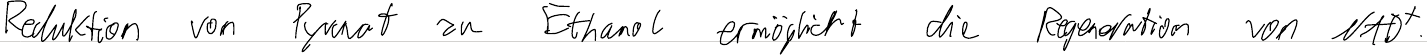
Reduktion von Pyruvat zu Ethanol ermöglicht die Regeneration von NAD+.